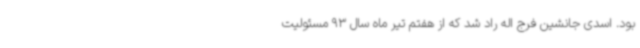
بود. اسدی جانشین فرج اله راد شد که از هفتم تیر ماه سال 93 مسئولیت